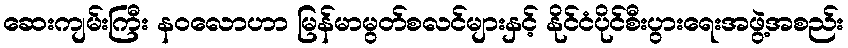
ဆေးကျမ်းကြီး နဝလောဟာ မြန်မာမွတ်စလင်များနှင့် နိုင်ငံပိုင်စီးပွားရေးအဖွဲ့အစည်း